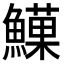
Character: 𩻧